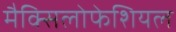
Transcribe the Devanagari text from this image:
मैक्सिलोफेशियल